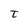
Character: t